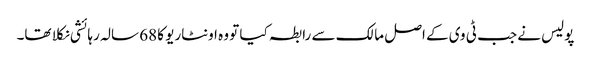
پولیس نے جب ٹی وی کے اصل مالک سے رابطہ کیا تو وہ اونٹاریو کا 68 سالہ رہائشی نکلا تھا۔